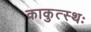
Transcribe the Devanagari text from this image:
काकुत्स्थः